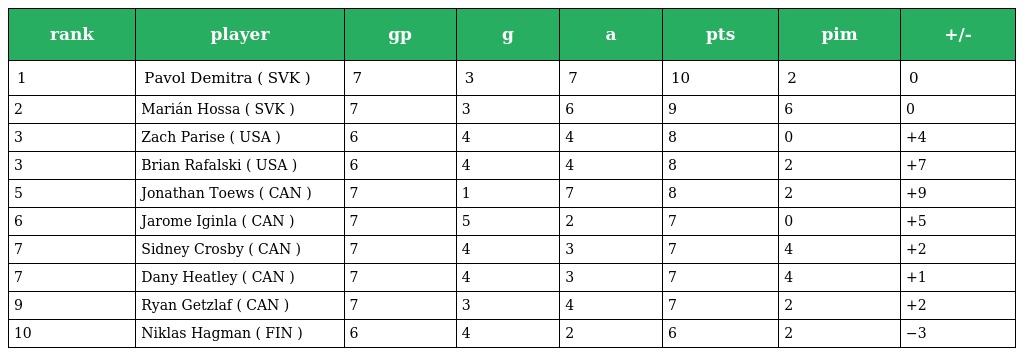
| rank | player | gp | g | a | pts | pim | +/- |
 | --- | --- | --- | --- | --- | --- | --- | --- |
 | 1 | Pavol Demitra ( SVK ) | 7 | 3 | 7 | 10 | 2 | 0 |
 | 2 | Marián Hossa ( SVK ) | 7 | 3 | 6 | 9 | 6 | 0 |
 | 3 | Zach Parise ( USA ) | 6 | 4 | 4 | 8 | 0 | +4 |
 | 3 | Brian Rafalski ( USA ) | 6 | 4 | 4 | 8 | 2 | +7 |
 | 5 | Jonathan Toews ( CAN ) | 7 | 1 | 7 | 8 | 2 | +9 |
 | 6 | Jarome Iginla ( CAN ) | 7 | 5 | 2 | 7 | 0 | +5 |
 | 7 | Sidney Crosby ( CAN ) | 7 | 4 | 3 | 7 | 4 | +2 |
 | 7 | Dany Heatley ( CAN ) | 7 | 4 | 3 | 7 | 4 | +1 |
 | 9 | Ryan Getzlaf ( CAN ) | 7 | 3 | 4 | 7 | 2 | +2 |
 | 10 | Niklas Hagman ( FIN ) | 6 | 4 | 2 | 6 | 2 | −3 |